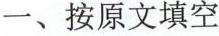
一、按原文填空